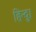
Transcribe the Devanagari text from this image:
हिन्दु।